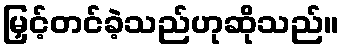
မြှင့်တင်ခဲ့သည်ဟုဆိုသည်။